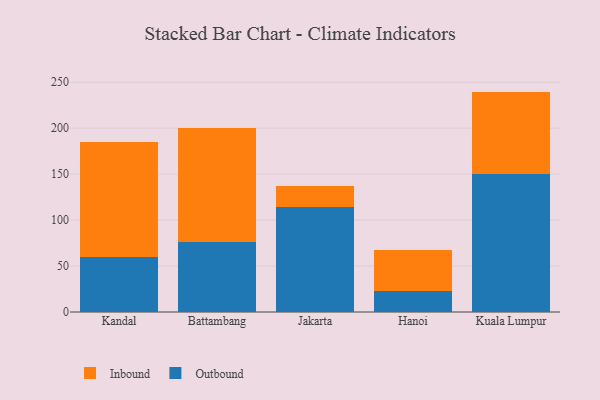
{"axis": {"x": "City", "y": "Backlog"}, "legend": ["Inbound", "Outbound"], "data": [{"x": "Kandal", "y": 60.1, "type": "Outbound"}, {"x": "Kandal", "y": 124.4, "type": "Inbound"}, {"x": "Battambang", "y": 76.3, "type": "Outbound"}, {"x": "Battambang", "y": 123.6, "type": "Inbound"}, {"x": "Jakarta", "y": 113.8, "type": "Outbound"}, {"x": "Jakarta", "y": 23.4, "type": "Inbound"}, {"x": "Hanoi", "y": 22.4, "type": "Outbound"}, {"x": "Hanoi", "y": 44.7, "type": "Inbound"}, {"x": "Kuala Lumpur", "y": 149.9, "type": "Outbound"}, {"x": "Kuala Lumpur", "y": 89.9, "type": "Inbound"}]}